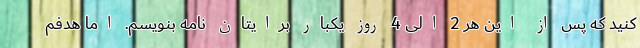
کنید که پس از این هر 2 الی 4 روز یکبار برایتان نامه بنویسم. اما هدفم